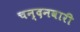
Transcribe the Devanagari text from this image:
चन्दनवारी